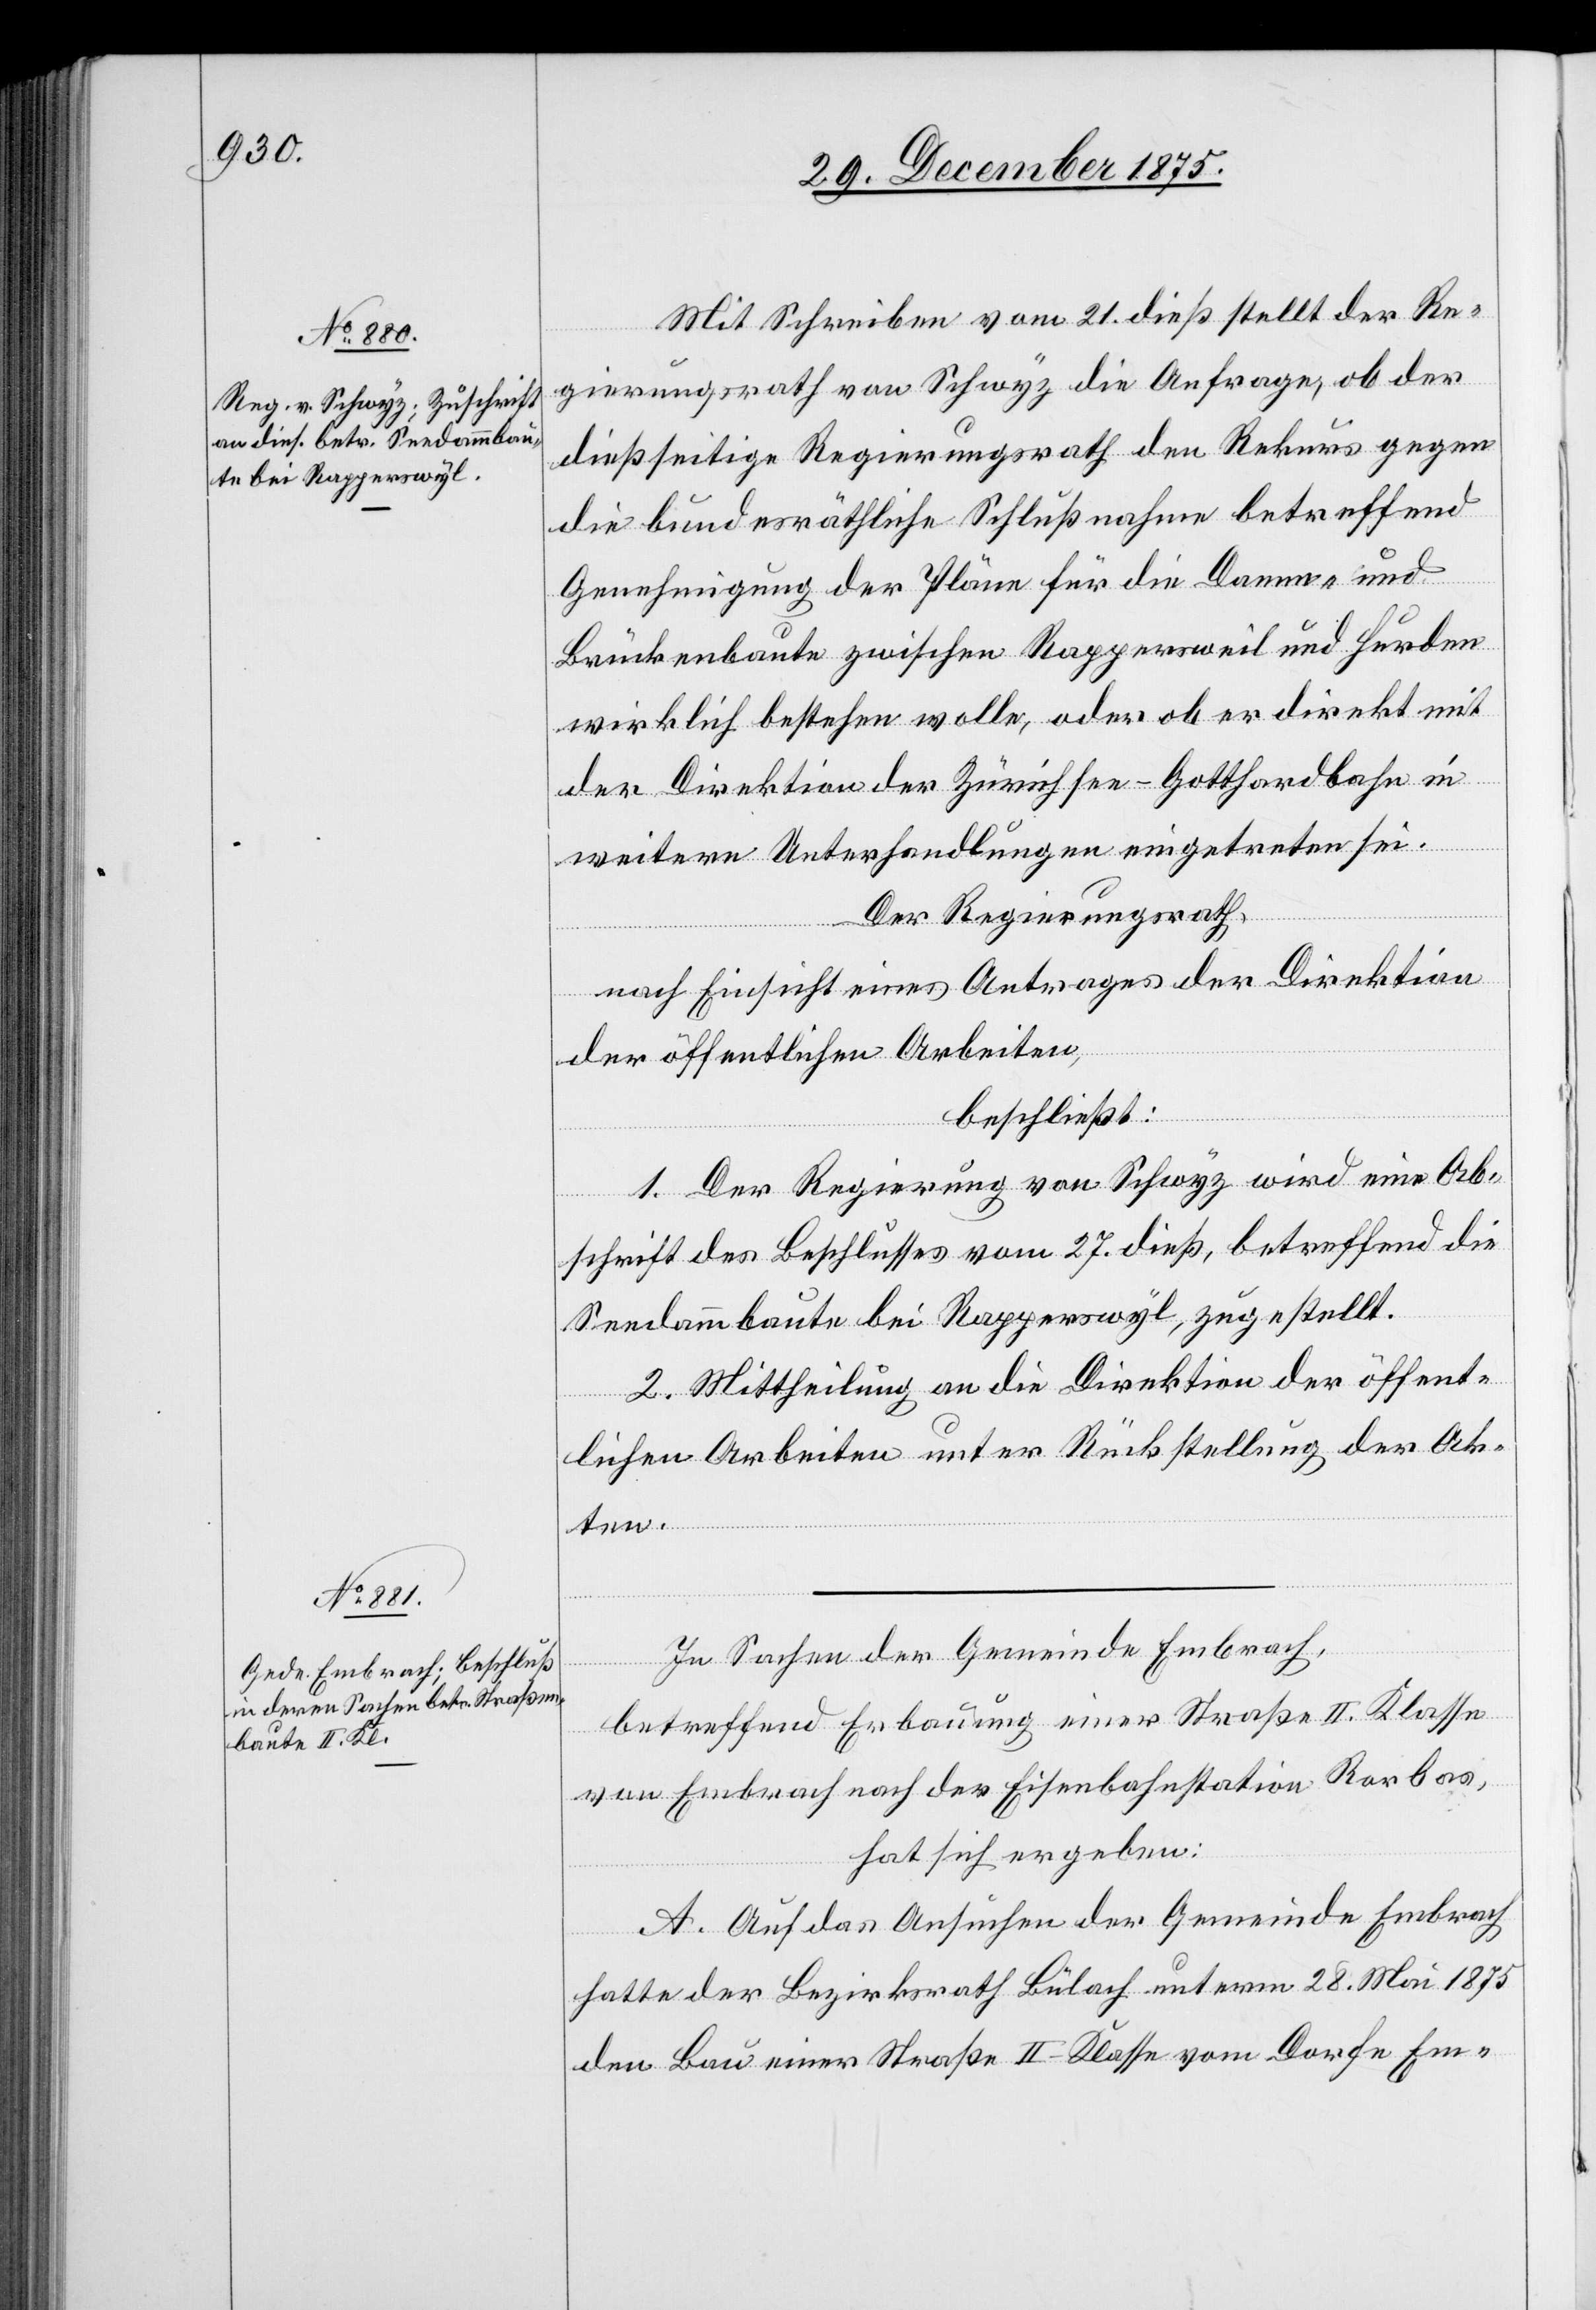
Mit Schreiben vom 21. dieß stellt der Re¬
gierungsrath von Schwyz die Anfrage, ob der
dießseitige Regierungsrath den Rekurs gegen
die bundesräthliche Schlußnahme betreffend
Genehmigung der Pläne für die Damm- und
Brückenbaute zwischen Rappersweil und Hurden
wirklich bestehen wolle, oder ob er direkt mit
der Direktion der Zürichsee–Gotthardbahn in
weitere Unterhandlungen eingetreten sei.
Der Regierungsrath,
nach Einsicht eines Antrages der Direktion
der öffentlichen Arbeiten,
beschließt:
1. Der Regierung von Schwyz wird eine Ab¬
schrift des Beschlusses vom 27. dieß, betreffend die
Seedammbaute bei Rapperswyl, zugestellt.
2. Mittheilung an die Direktion der öffent¬
lichen Arbeiten unter Rückstellung der Ak¬
ten.
In Sachen der Gemeinde Embrach,
betreffend Erbauung einer Straße II. Klasse
von Embrach nach der Eisenbahnstation Rorbas,
hat sich ergeben:
A. Auf das Ansuchen der Gemeinde Embrach
hatte der Bezirksrath Bülach unterm 28. Mai 1875
den Bau einer Straße II. Klasse vom Dorfe Em-